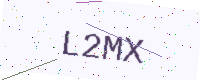
Text: L2MX